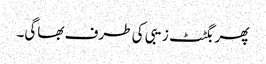
پھر بگٹٹ زیبی کی طرف بھاگی۔